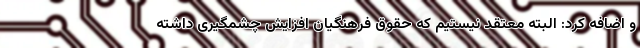
و اضافه کرد: البته معتقد نیستیم که حقوق فرهنگیان افزایش چشمگیری داشته